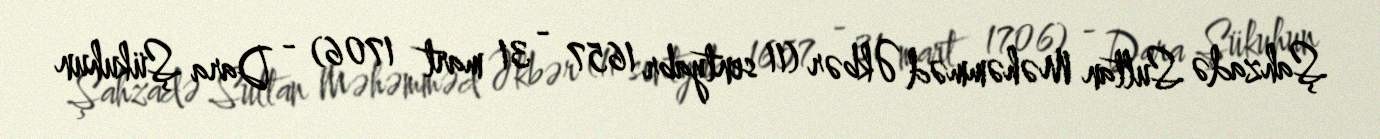
Şahzadə Sultan Məhəmməd Əkbər (11 sentyabr 1657 - 31 mart 1706) - Dara Şükuhun